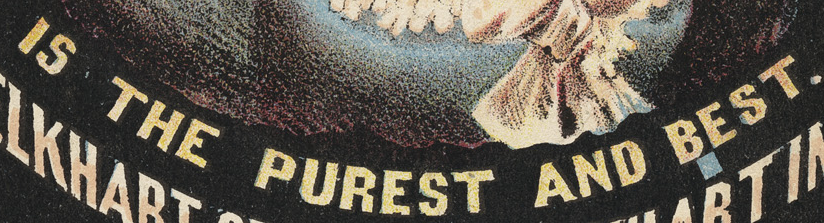
IS THE PUREST AND BEST.